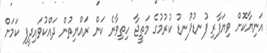
އަނިޔާކޮށް ވިޔަފާރި ފުނޑުފުނޑު ކުރުމުގެ މަތީޖާ ހިތިވާނެ ކަން ރައްޔިތުން ދައްކުވައިދީފި ކަމަށް